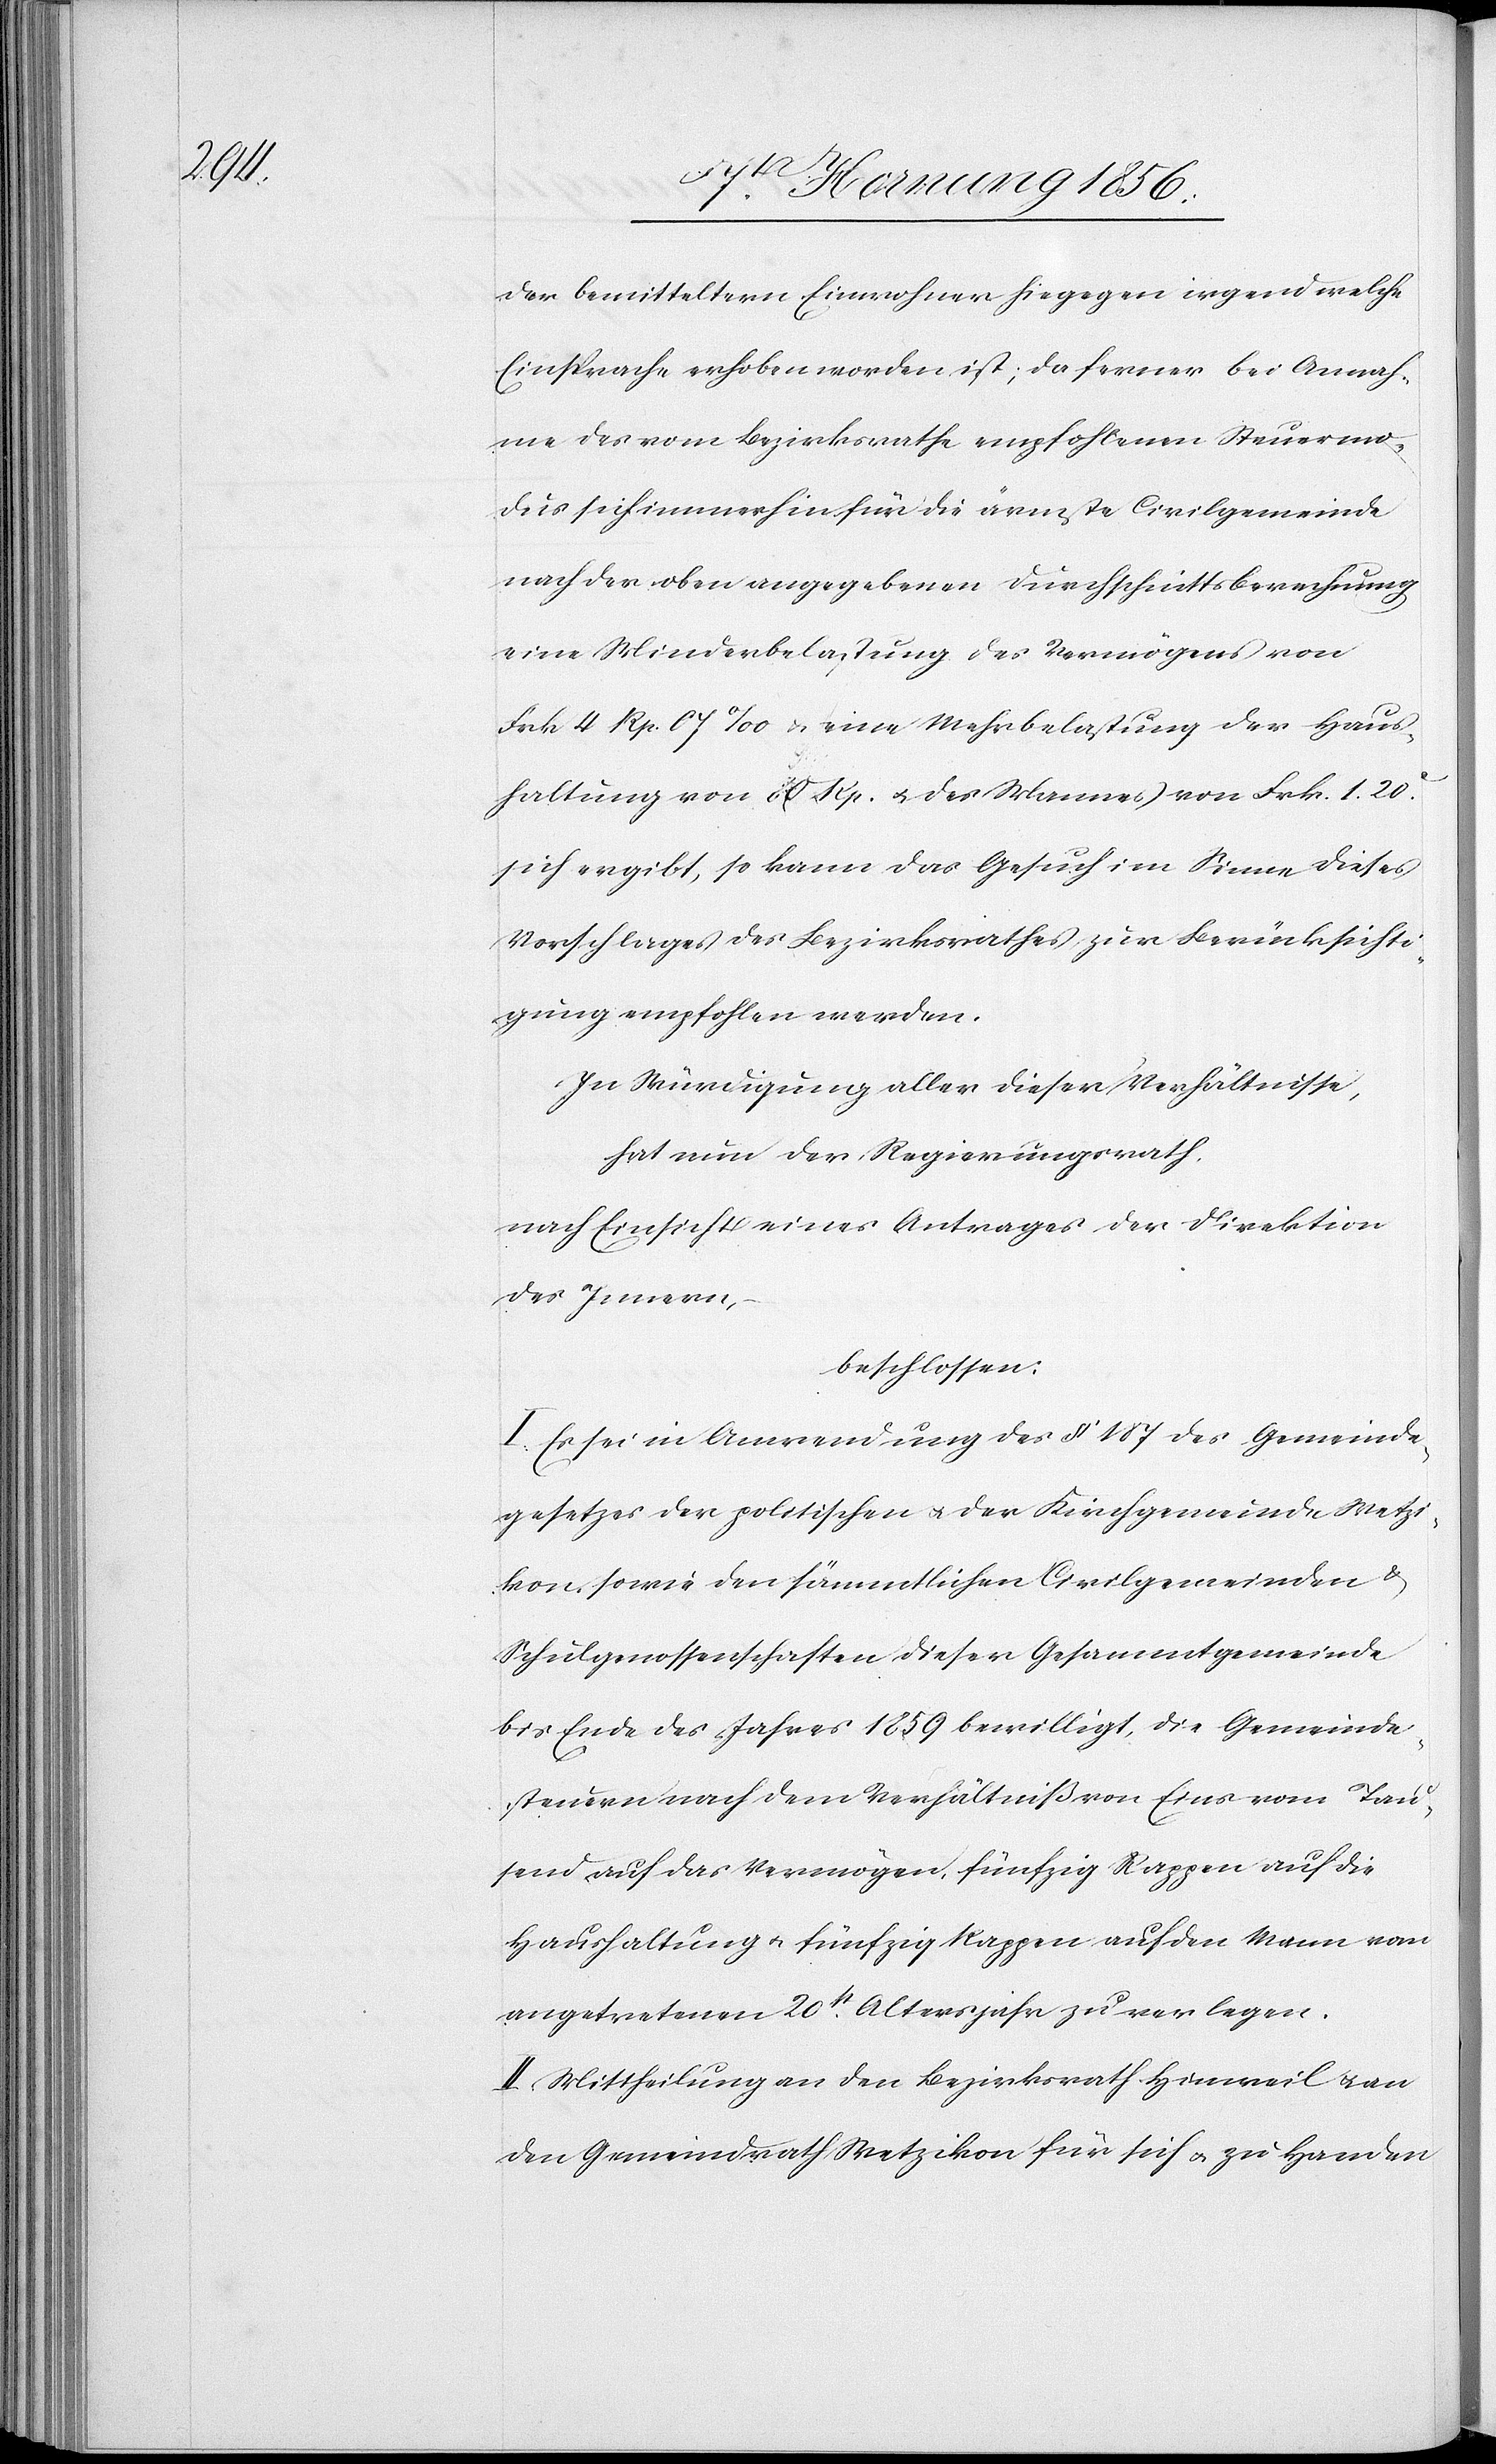
der bemitteltern Einwohner hiegegen irgendwelche
Einsprache erhoben worden ist; da ferner bei Annah¬
me des vom Bezirksrathe empfohlenen Steuermo¬
dus sich immerhin für die ärmste Civilgemeinde
nach der oben angegebenen Durchschnittsberechnung
eine Minderbelastung des Vermögens von
Frk 4 Rp. 07 ‰ u. eine Mehrbelastung der Haus¬
haltung von 80 Rp. u. des Mannes von Frk. 1. 20.c
sich ergibt, so kann das Gesuch im Sinne dieses
Vorschlages des Bezirksrathes zur Berücksichti¬
gung empfohlen werden.
Zur Würdigung aller dieser Verhältnisse,
hat nun der Regierungsrath,
nach Einsicht eines Antrages der Direktion
des Innern,
beschlossen:
I. Es sei in Anwendung des § 187 des Gemeinde¬
gesetzes der politischen u. der Kirchgemeinde Wetzi¬
kon sowie den sämmtlichen Civilgemeinden &
Schulgenossenschaften dieser Gesammtgemeinde
bis Ende des Jahres 1859 bewilligt, die Gemeinde¬
steuern nach dem Verhältniß von Eins vom Tau¬
send auf das Vermögen, fünfzig Rappen auf die
Haushaltung u. fünfzig Rappen auf den Mann vom
angetretenen 20st Altersjahr zu verlegen.
II. Mittheilung an den Bezirksrath Hinweil u. an
den Gemeindrath Wetzikon für sich u. zu Handen